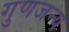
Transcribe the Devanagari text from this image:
गुणजन्य